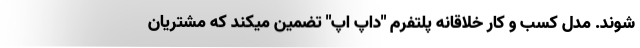
شوند. مدل کسب و کار خلاقانه پلتفرم "داپ اَپ" تضمین میکند که مشتریان